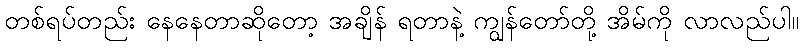
တစ်ရပ်တည်း နေနေတာဆိုတော့ အချိန် ရတာနဲ့ ကျွန်တော်တို့ အိမ်ကို လာလည်ပါ။